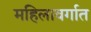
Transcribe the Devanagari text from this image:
महिलावर्गात